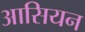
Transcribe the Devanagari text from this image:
आसियन